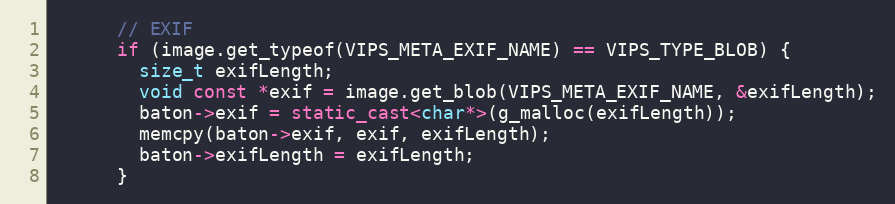
Language: C++
      // EXIF
      if (image.get_typeof(VIPS_META_EXIF_NAME) == VIPS_TYPE_BLOB) {
        size_t exifLength;
        void const *exif = image.get_blob(VIPS_META_EXIF_NAME, &exifLength);
        baton->exif = static_cast<char*>(g_malloc(exifLength));
        memcpy(baton->exif, exif, exifLength);
        baton->exifLength = exifLength;
      }